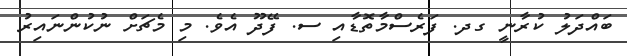
ބައްދަލު ކުރާނީ ގދ. ފަރެސްމާތޮޑާއި ސ. ފޭދޫ އެވެ. މި މެޗަށް ނުކުންނައިރު